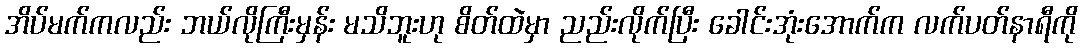
အိပ်မက်ကလည်း ဘယ်လိုကြီးမှန်း မသိဘူးဟု စိတ်ထဲမှာ ညည်းလိုက်ပြီး ခေါင်းအုံးအောက်က လက်ပတ်နာရီကို